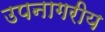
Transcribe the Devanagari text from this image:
उपनागरीय